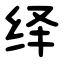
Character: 绎